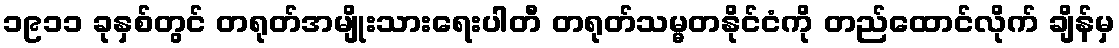
၁၉၁၁ ခုနှစ်တွင် တရုတ်အမျိုးသားရေးပါတီ တရုတ်သမ္မတနိုင်ငံကို တည်ထောင်လိုက် ချိန်မှ